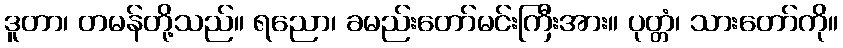
ဒူတာ၊ တမန်တို့သည်။ ရညော၊ ခမည်းတော်မင်းကြီးအား။ ပုတ္တံ၊ သားတော်ကို။